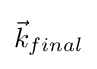
{\textstyle {\vec {k}}_{final}}